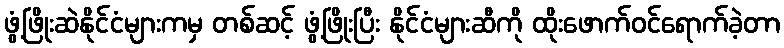
ဖွံ့ဖြိုးဆဲနိုင်ငံများကမှ တစ်ဆင့် ဖွံ့ဖြိုးပြီး နိုင်ငံများဆီကို ထိုးဖောက်ဝင်ရောက်ခဲ့တာ